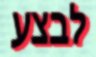
לבצע